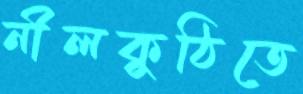
নীলকুঠিতে